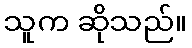
သူက ဆိုသည်။